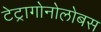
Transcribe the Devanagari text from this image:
टेट्रागोनोलोबस